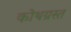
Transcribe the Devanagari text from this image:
कोथग्रस्त